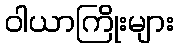
ဝါယာကြိုးများ